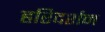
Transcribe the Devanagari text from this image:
हरिदर्शन